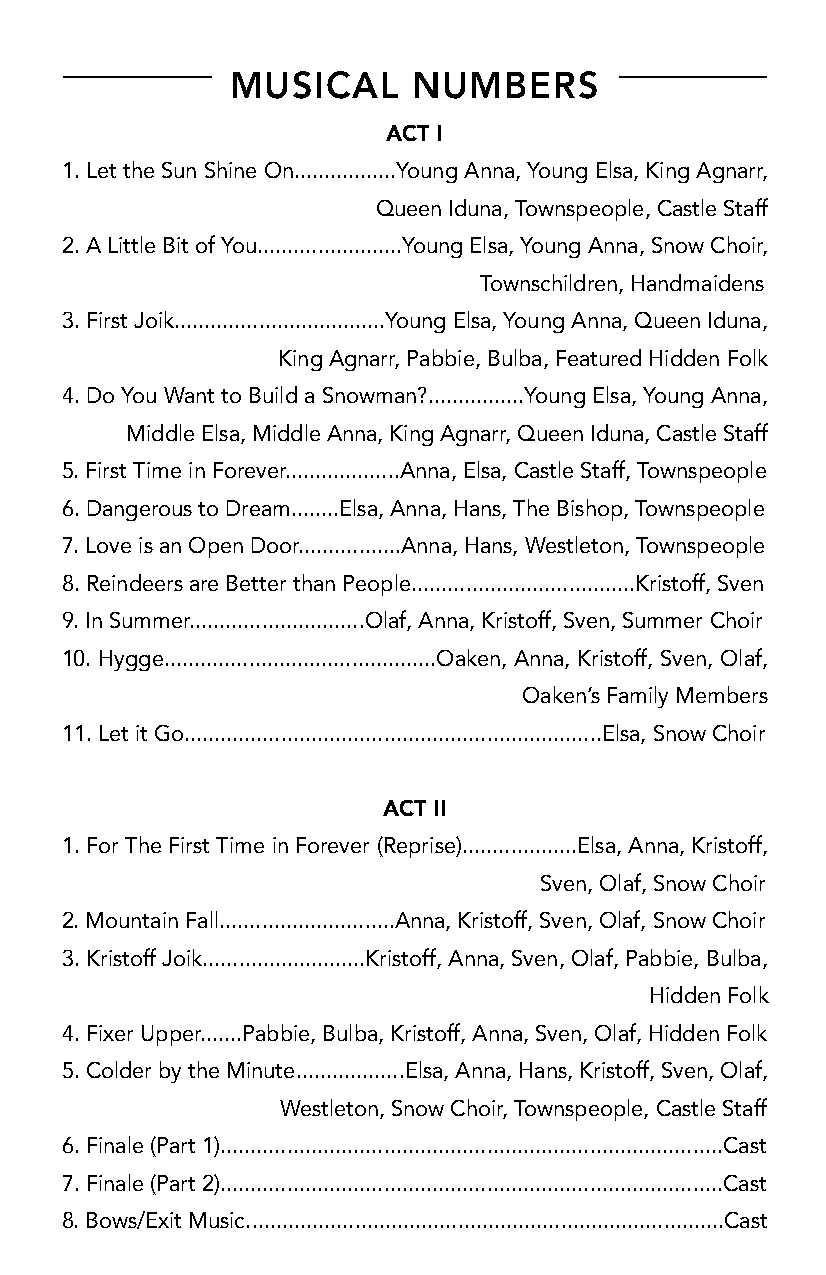
MUSICAL     NUMBERS
 ACT I
 1. Let the Sun Shine On.................Young Anna, Young Elsa, King Agnarr,
 Queen Iduna, Townspeople, Castle Staff
 2. A Little Bit of You........................Young Elsa, Young Anna, Snow Choir,
 Townschildren, Handmaidens
 3. First Joik...................................Young Elsa, Young Anna, Queen Iduna,
 King Agnarr, Pabbie, Bulba, Featured Hidden Folk
 4. Do You Want to Build a Snowman?................Young Elsa, Young Anna,
 Middle Elsa, Middle Anna, King Agnarr, Queen Iduna, Castle Staff
 5. First Time in Forever...................Anna, Elsa, Castle Staff, Townspeople
 6. Dangerous to Dream........Elsa, Anna, Hans, The Bishop, Townspeople
 7. Love is an Open Door.................Anna, Hans, Westleton, Townspeople
 8. Reindeers are Better than People.....................................Kristoff, Sven
 9. In Summer.............................Olaf, Anna, Kristoff, Sven, Summer Choir
 10. Hygge.............................................Oaken, Anna, Kristoff, Sven, Olaf,
 Oaken’s Family Members
 11. Let it Go.....................................................................Elsa, Snow Choir
 ACT II
 1. For The First Time in Forever (Reprise)...................Elsa, Anna, Kristoff,
 Sven, Olaf, Snow Choir
 2. Mountain Fall.............................Anna, Kristoff, Sven, Olaf, Snow Choir
 3. Kristoff Joik...........................Kristoff, Anna, Sven, Olaf, Pabbie, Bulba,
 Hidden Folk
 4. Fixer Upper.......Pabbie, Bulba, Kristoff, Anna, Sven, Olaf, Hidden Folk
 5. Colder by the Minute..................Elsa, Anna, Hans, Kristoff, Sven, Olaf,
 Westleton, Snow Choir, Townspeople, Castle Staff
 6. Finale (Part 1)...................................................................................Cast
 7. Finale (Part 2)...................................................................................Cast
 8. Bows/Exit Music...............................................................................Cast